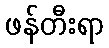
ဖန်တီးရာ